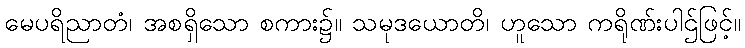
မေပရိညာတံ၊ အစရှိသော စကား၌။ သမုဒယောတိ၊ ဟူသော ကရိုဏ်းပါဌ်ဖြင့်။